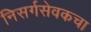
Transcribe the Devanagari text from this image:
निसर्गसेवकचा